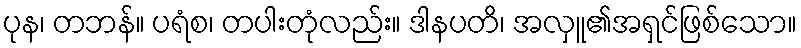
ပုန၊ တဘန်။ ပရံစ၊ တပါးတုံလည်း။ ဒါနပတိ၊ အလှူ၏အရှင်ဖြစ်သော။